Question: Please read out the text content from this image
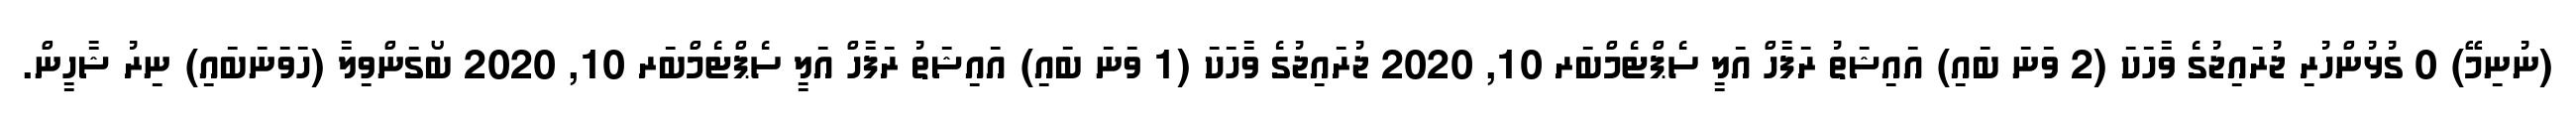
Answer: (ނުނިމޭ) 0 ގުޅުންހުރި ޖުރައިޖުގެ ވާހަކަ (2 ވަނަ ބައި) އައިޝަތު ރަފާހް އަލީ ސެޕްޓެމްބަރ 10, 2020 ޖުރައިޖުގެ ވާހަކަ (1 ވަނަ ބައި) އައިޝަތު ރަފާހް އަލީ ސެޕްޓެމްބަރ 10, 2020 ބޯގަންވިލާ (ހަވަނަބައި) ނިރު ޝާހީން.